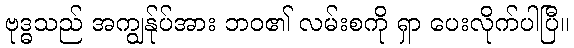
ဗုဒ္ဓသည် အကျွန်ုပ်အား ဘဝ၏ လမ်းစကို ရှာ ပေးလိုက်ပါပြီ။